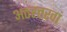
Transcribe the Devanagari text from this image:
अठहत्तरवां